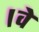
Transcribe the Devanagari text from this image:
।वे